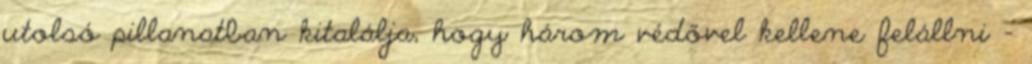
utolsó pillanatban kitalálja, hogy három védővel kellene felállni -